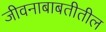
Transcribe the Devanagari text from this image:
जीवनाबाबतीतील